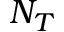
N _ { T }